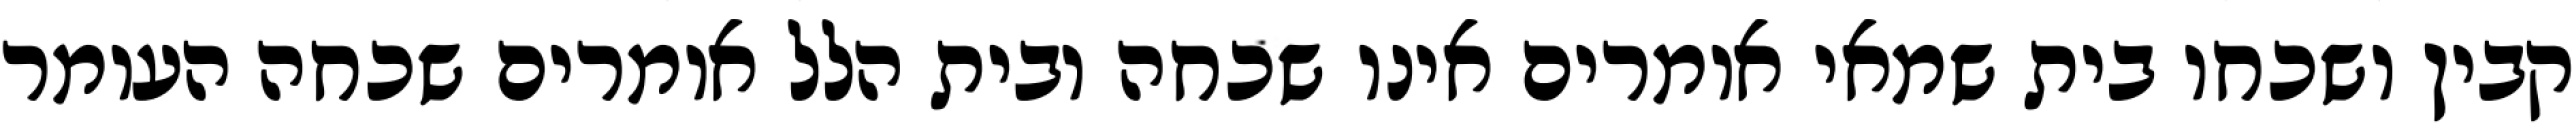
קבין ושכחו בית שמאי אומרים אינו שכחה ובית הלל אומרים שכחה העומר